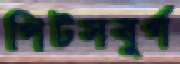
পিটসবুর্গ